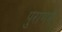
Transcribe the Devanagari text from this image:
पुराणमें